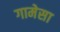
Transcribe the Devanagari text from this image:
गामेसा